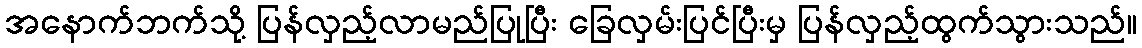
အနောက်ဘက်သို့ ပြန်လှည့်လာမည်ပြုပြီး ခြေလှမ်းပြင်ပြီးမှ ပြန်လှည့်ထွက်သွားသည်။